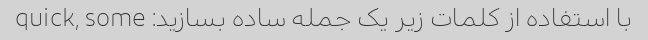
با استفاده از کلمات زیر یک جمله ساده بسازید: quick, some